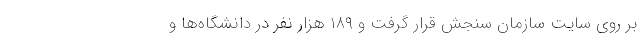
بر روی سایت سازمان سنجش قرار گرفت و ۱۸۹ هزار نفر در دانشگاه‌ها و